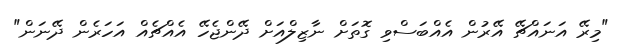
"މިރޭ އަނައްޗޭ އޭރުން އެއްބަސްވި ގޮތަށް ނާޒިލްއަށް ދޭންޖެހޭ އެއްޗެއް އަހަރެން ދޭނަން"